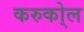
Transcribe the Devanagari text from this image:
करुको्ल